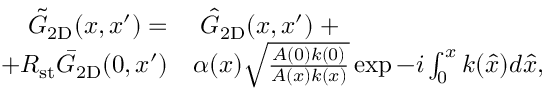
\begin{array} { r l } { \tilde { G } _ { \mathrm { 2 D } } ( x , x ^ { \prime } ) = } & { { } \; \hat { G } _ { \mathrm { 2 D } } ( x , x ^ { \prime } ) \; + } \\ { + R _ { \mathrm { s t } } \bar { G } _ { \mathrm { 2 D } } ( 0 , x ^ { \prime } ) } & { { } \alpha ( x ) \sqrt { \frac { A ( 0 ) k ( 0 ) } { A ( x ) k ( x ) } } \exp { - i \int _ { 0 } ^ { x } k ( \hat { x } ) d \hat { x } } , } \end{array}